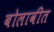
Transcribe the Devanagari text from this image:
बोलावीत